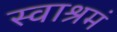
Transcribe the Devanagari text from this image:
स्वाश्रमं